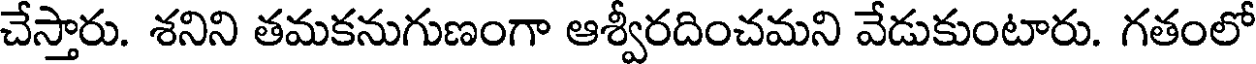
చేస్తారు. శనిని తమకనుగుణంగా ఆశ్వీరదించమని వేడుకుంటారు. గతంలో